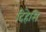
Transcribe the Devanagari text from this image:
दिहेसि